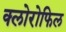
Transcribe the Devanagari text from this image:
क्‍लोरोफिल